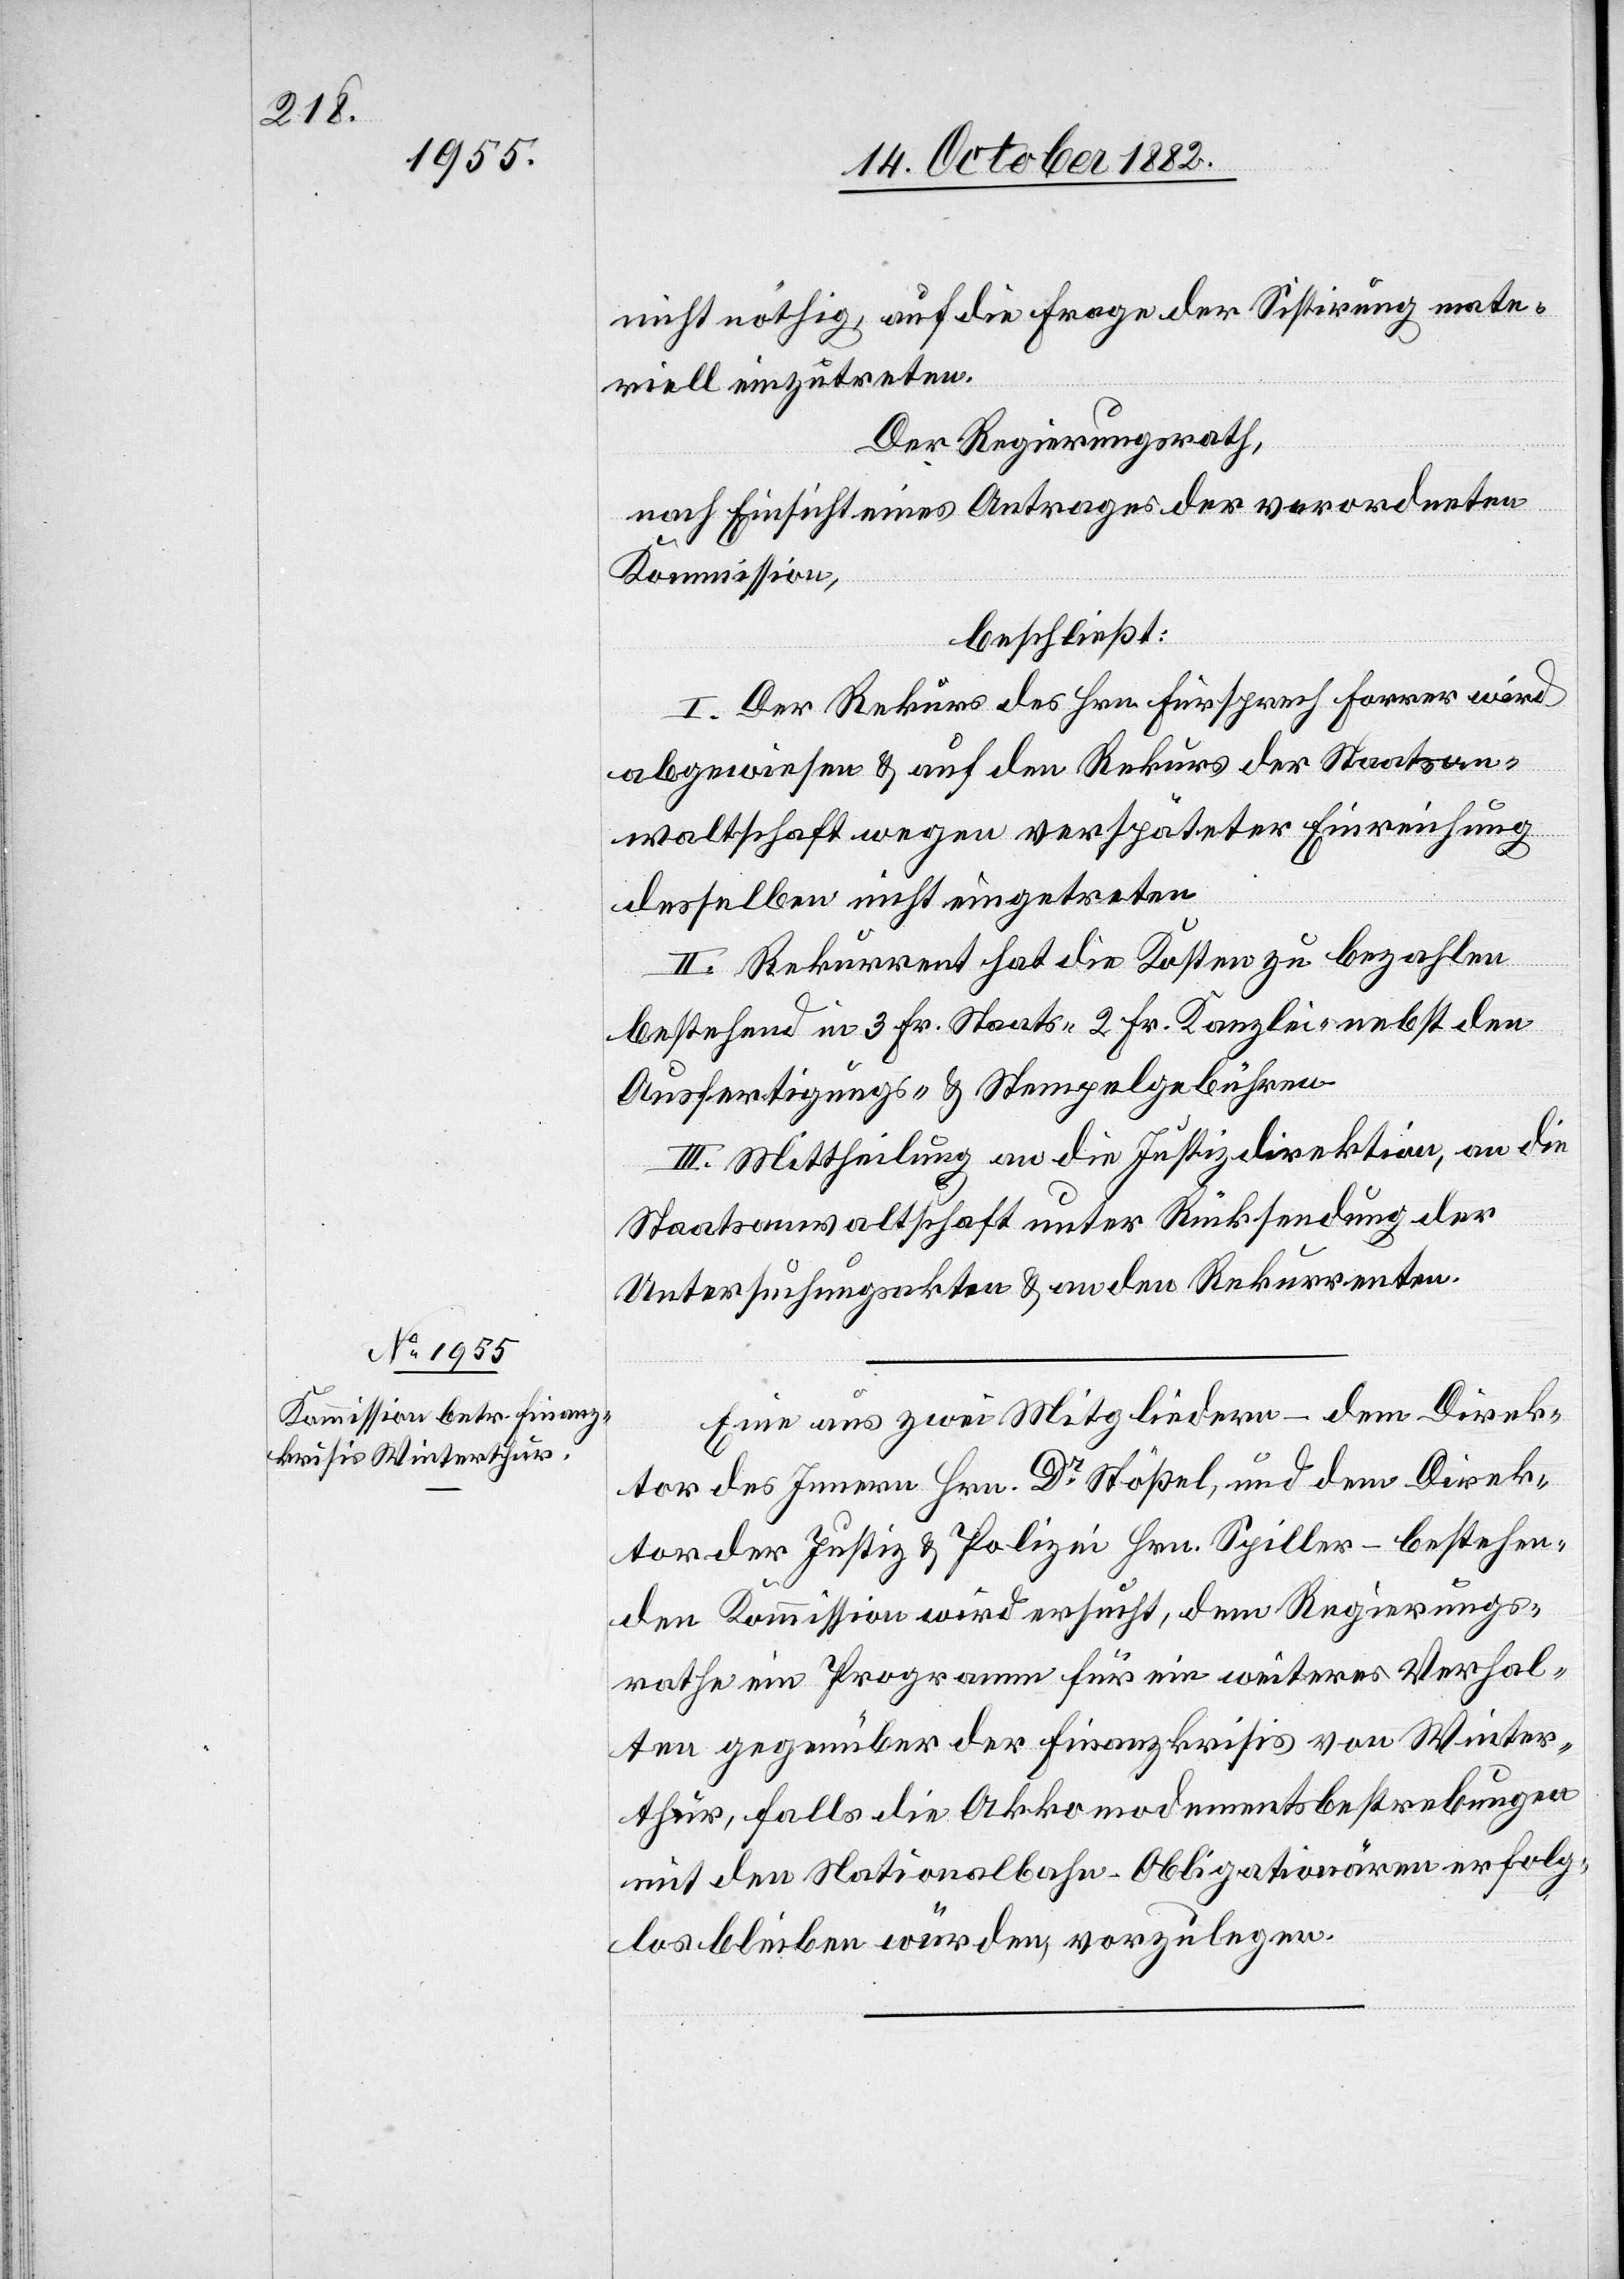
nicht nöthig, auf die Frage der Sistirung mate¬
riell einzutreten.
Der Regierungsrath,
nach Einsicht eines Antrages der verordneten
Kommission,
beschließt:
I. Der Rekurs des Hrn. Fürsprech Forrer wird
abgewiesen & auf den Rekurs der Staatsan¬
waltschaft wegen verspäteter Einreichung
desselben nicht eingetreten.
II. Rekurrent hat die Kosten zu bezahlen
bestehend in 3 Fr. Staats-[,] 2 Fr. Kanzlei- nebst den
Ausfertigungs- & Stempelgebühren.
III. Mittheilung an die Justizdirektion, an die
Staatsanwaltschaft unter Rücksendung der
Untersuchungsakten & an den Rekurrenten.
Eine aus zwei Mitgliedern – dem Direk¬
tor des Innern Hrn. Dr Stößel, und dem Direk¬
tor der Justiz- & Polizei Hrn. Spiller – bestehen¬
den Kommission wird ersucht, dem Regierungs¬
rathe ein Programm für ein weiteres Verhal¬
ten gegenüber der Finanzkrisis von Winter¬
thur, falls die Akkomodementsbestrebungen
mit den Nationalbahn-Obligationären erfolg¬
los bleiben würden, vorzulegen.